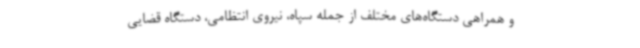
و همراهی دستگاه‌های مختلف از جمله سپاه، نیروی انتظامی، دستگاه قضایی